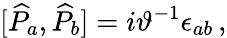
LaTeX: \lbrack\widehat{P}_{a},\widehat{P}_{b}]=i\vartheta^{-1}\epsilon_{ab}\, ,